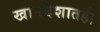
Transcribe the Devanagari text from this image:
खानदेशातही